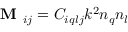
\textbf { M } _ { i j } = C _ { i q l j } k ^ { 2 } n _ { q } n _ { l }